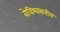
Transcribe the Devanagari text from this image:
वेविश्वसनीय